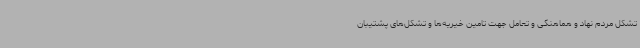
تشکل مردم نهاد و هماهنگی و تعامل جهت تامین خیریه‌ها و تشکل‌های پشتیبان